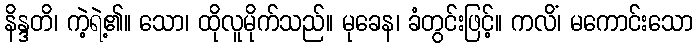
နိန္ဒတိ၊ ကဲ့ရဲ့၏။ သော၊ ထိုလူမိုက်သည်။ မုခေန၊ ခံတွင်းဖြင့်။ ကလိံ၊ မကောင်းသော